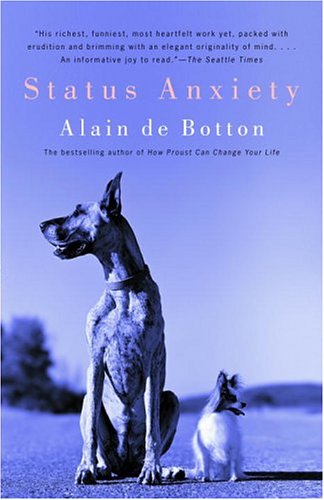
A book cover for Status Anxiety; Alain De Botton; Politics & Social Sciences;